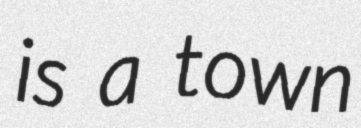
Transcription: is a town